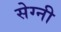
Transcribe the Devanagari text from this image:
सेग्नी